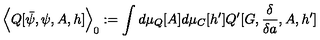
\Big \langle Q [ \bar { \psi } , \psi , A , h ] \Big \rangle _ { 0 } : = \int d \mu _ { Q } [ A ] d \mu _ { C } [ h ^ { \prime } ] Q ^ { \prime } [ G , \frac { \delta } { \delta a } , A , h ^ { \prime } ]